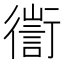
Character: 𢖅